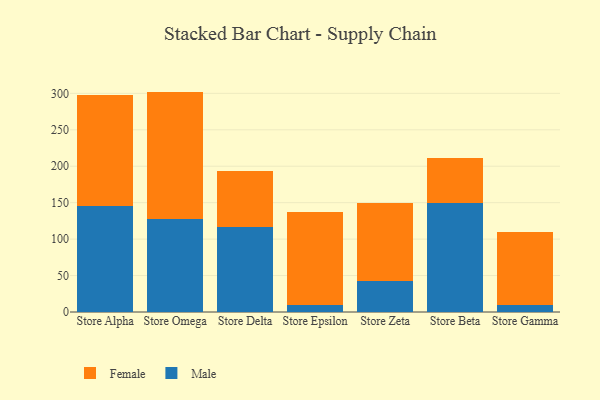
{"axis": {"x": "Store", "y": "Operating Costs (USD K)"}, "legend": ["Female", "Male"], "data": [{"x": "Store Alpha", "y": 145.2, "type": "Male"}, {"x": "Store Alpha", "y": 153.1, "type": "Female"}, {"x": "Store Omega", "y": 128.0, "type": "Male"}, {"x": "Store Omega", "y": 174.4, "type": "Female"}, {"x": "Store Delta", "y": 116.4, "type": "Male"}, {"x": "Store Delta", "y": 77.1, "type": "Female"}, {"x": "Store Epsilon", "y": 9.0, "type": "Male"}, {"x": "Store Epsilon", "y": 127.7, "type": "Female"}, {"x": "Store Zeta", "y": 43.1, "type": "Male"}, {"x": "Store Zeta", "y": 107.1, "type": "Female"}, {"x": "Store Beta", "y": 149.0, "type": "Male"}, {"x": "Store Beta", "y": 61.9, "type": "Female"}, {"x": "Store Gamma", "y": 9.9, "type": "Male"}, {"x": "Store Gamma", "y": 100.0, "type": "Female"}]}